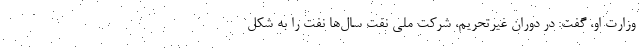
وزارت او، گفت: در دوران غیرتحریم، شرکت ملی نفت سال‌ها نفت را به شکل